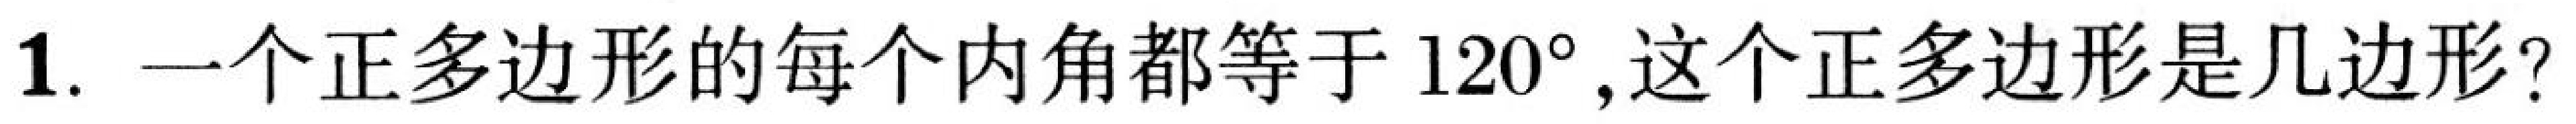
1. 一个正多边形的每个内角都等于\(120^{\circ}\),这个正多边形是几边形?